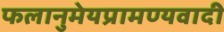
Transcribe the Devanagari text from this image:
फलानुमेयप्रामण्यवादी